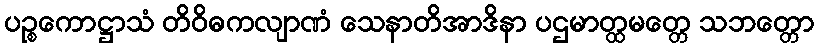
ပဉ္စကောဋ္ဌာသံ တိဝိဓကလျာဏံ သေနာတိအာဒိနာ ပဌမာတ္ထမတ္တေ သဘတ္တော